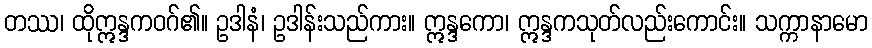
တဿ၊ ထိုဣန္ဒကဝဂ်၏။ ဥဒါနံ၊ ဥဒါန်းသည်ကား။ ဣန္ဒကော၊ ဣန္ဒကသုတ်လည်းကောင်း။ သက္ကာနာမော